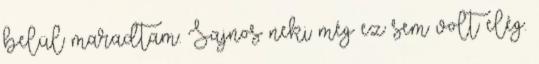
belül maradtam. Sajnos neki még ez sem volt elég.